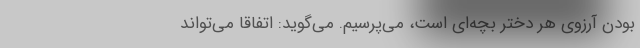
بودن آرزوی هر دختر بچه‌ای است، می‌پرسیم. می‌گوید: اتفاقا می‌تواند